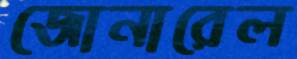
জোনারেল